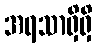
အရသာရှိရှိ